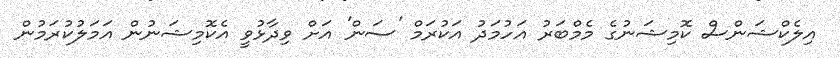
އިލެކްޝަންސް ކޮމިޝަނުގެ މެމްބަރު އަހުމަދު އަކުރަމް 'ސަން' އަށް ވިދާޅުވީ އެކޮމިޝަނުން އަމަލުކުރަމުން